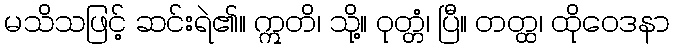
မသိသဖြင့် ဆင်းရဲ၏။ ဣတိ၊ သို့။ ဝုတ္တံ၊ ပြီ။ တတ္ထ၊ ထိုဝေဒနာ